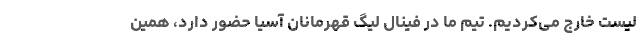
لیست خارج می‌کردیم. تیم ما در فینال لیگ قهرمانان آسیا حضور دارد، همین